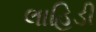
લાહિડી